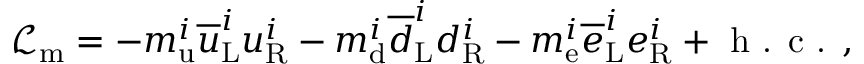
{ \mathcal { L } } _ { \mathrm { m } } = - m _ { \mathrm { u } } ^ { i } { \overline { { u } } } _ { \mathrm { L } } ^ { i } u _ { \mathrm { R } } ^ { i } - m _ { \mathrm { d } } ^ { i } { \overline { { d } } } _ { \mathrm { L } } ^ { i } d _ { \mathrm { R } } ^ { i } - m _ { \mathrm { e } } ^ { i } { \overline { { e } } } _ { \mathrm { L } } ^ { i } e _ { \mathrm { R } } ^ { i } + { \textrm { h . c . } } ,